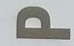
P